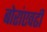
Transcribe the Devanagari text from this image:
बोरांएवढी